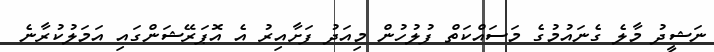
ނަޝީދު މާލެ ގެނައުމުގެ މަސައްކަތް ފުލުހުން މިއަދު ފަށާއިރު އެ އޮޕަރޭޝަންގައި އަމަލުކުރާނެ